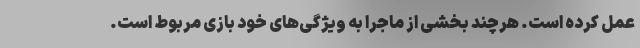
عمل کرده است. هرچند بخشی از ماجرا به ویژگی‌های خود بازی مربوط است.